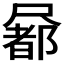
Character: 𡳢